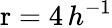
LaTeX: \mathrm{r}=4\, h^{-1}